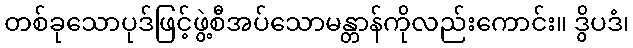
တစ်ခုသောပုဒ်ဖြင့်ဖွဲ့စီအပ်သောမန္တာန်ကိုလည်းကောင်း။ ဒွိပဒံ၊